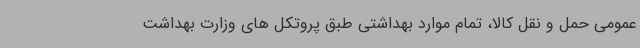
عمومی حمل و نقل کالا، تمام موارد بهداشتی طبق پروتکل های وزارت بهداشت